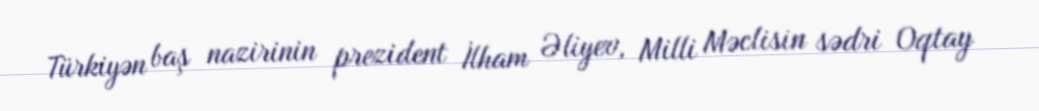
Türkiyən baş nazirinin prezident İlham Əliyev, Milli Məclisin sədri Oqtay